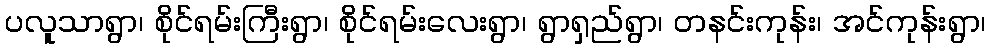
ပလူသာရွာ၊ စိုင်ရမ်းကြီးရွာ၊ စိုင်ရမ်းလေးရွာ၊ ရွာရှည်ရွာ၊ တနင်းကုန်း၊ အင်ကုန်းရွာ၊